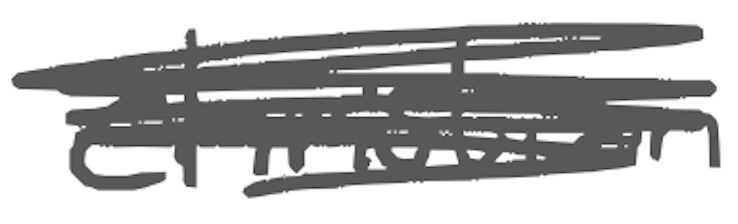
Text: Christian
Cross-out: scratch
Writing tool: digital_gray